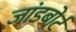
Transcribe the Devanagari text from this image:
ज़ांडबोर्ट